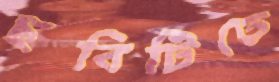
ছবিটিতে